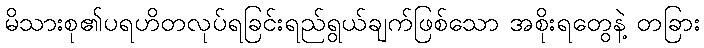
မိသားစု၏ပရဟိတလုပ်ရခြင်းရည်ရွယ်ချက်ဖြစ်သော အစိုးရတွေနဲ့ တခြား